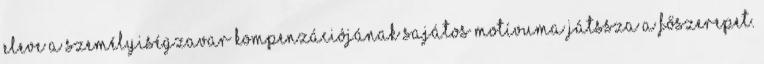
eleve a személyiségzavar kompenzációjának sajátos motívuma játssza a főszerepet.